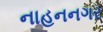
નાહનનગર